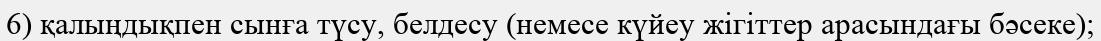
6) қалыңдықпен сынға түсу, белдесу (немесе күйеу жігіттер арасындағы бәсеке);